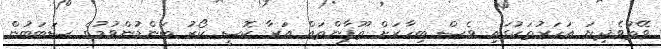
ވޭތުވެދިޔަ އަހަރުތަކުގައި ވެސް ބިހާރަށް ތޫފާންތައް އަރާ ކޮސީ ކޯރު ބަންޑުންވުމުގެ ސަބަބުން